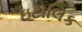
ઇટાલિક